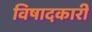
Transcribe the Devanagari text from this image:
विषादकारी